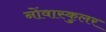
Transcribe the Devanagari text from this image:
नोंवास्कुलर